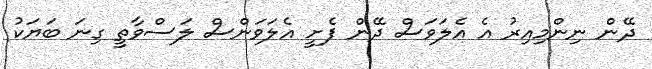
ދޭން ނިންމިއިރު އެ އެލަވަސް ދޭން ފެށީ އެލަވަންސް ލަސްވާތީ ގިނަ ބަޔަކު